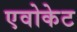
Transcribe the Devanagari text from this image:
एवोकेट